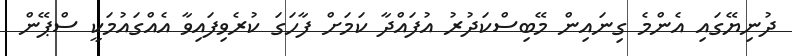
ދުނިޔޭގައި އެންމެ ގިނައިން މޭބިސްކަދުރު އުފައްދާ ކަމަށް ފާހަގަ ކުރެވިފައިވާ އެއްގައުމަކީ ސްޕޭން